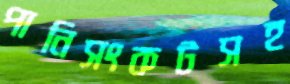
পানিসংকটসহ